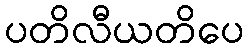
ပတိလီယတိပေ